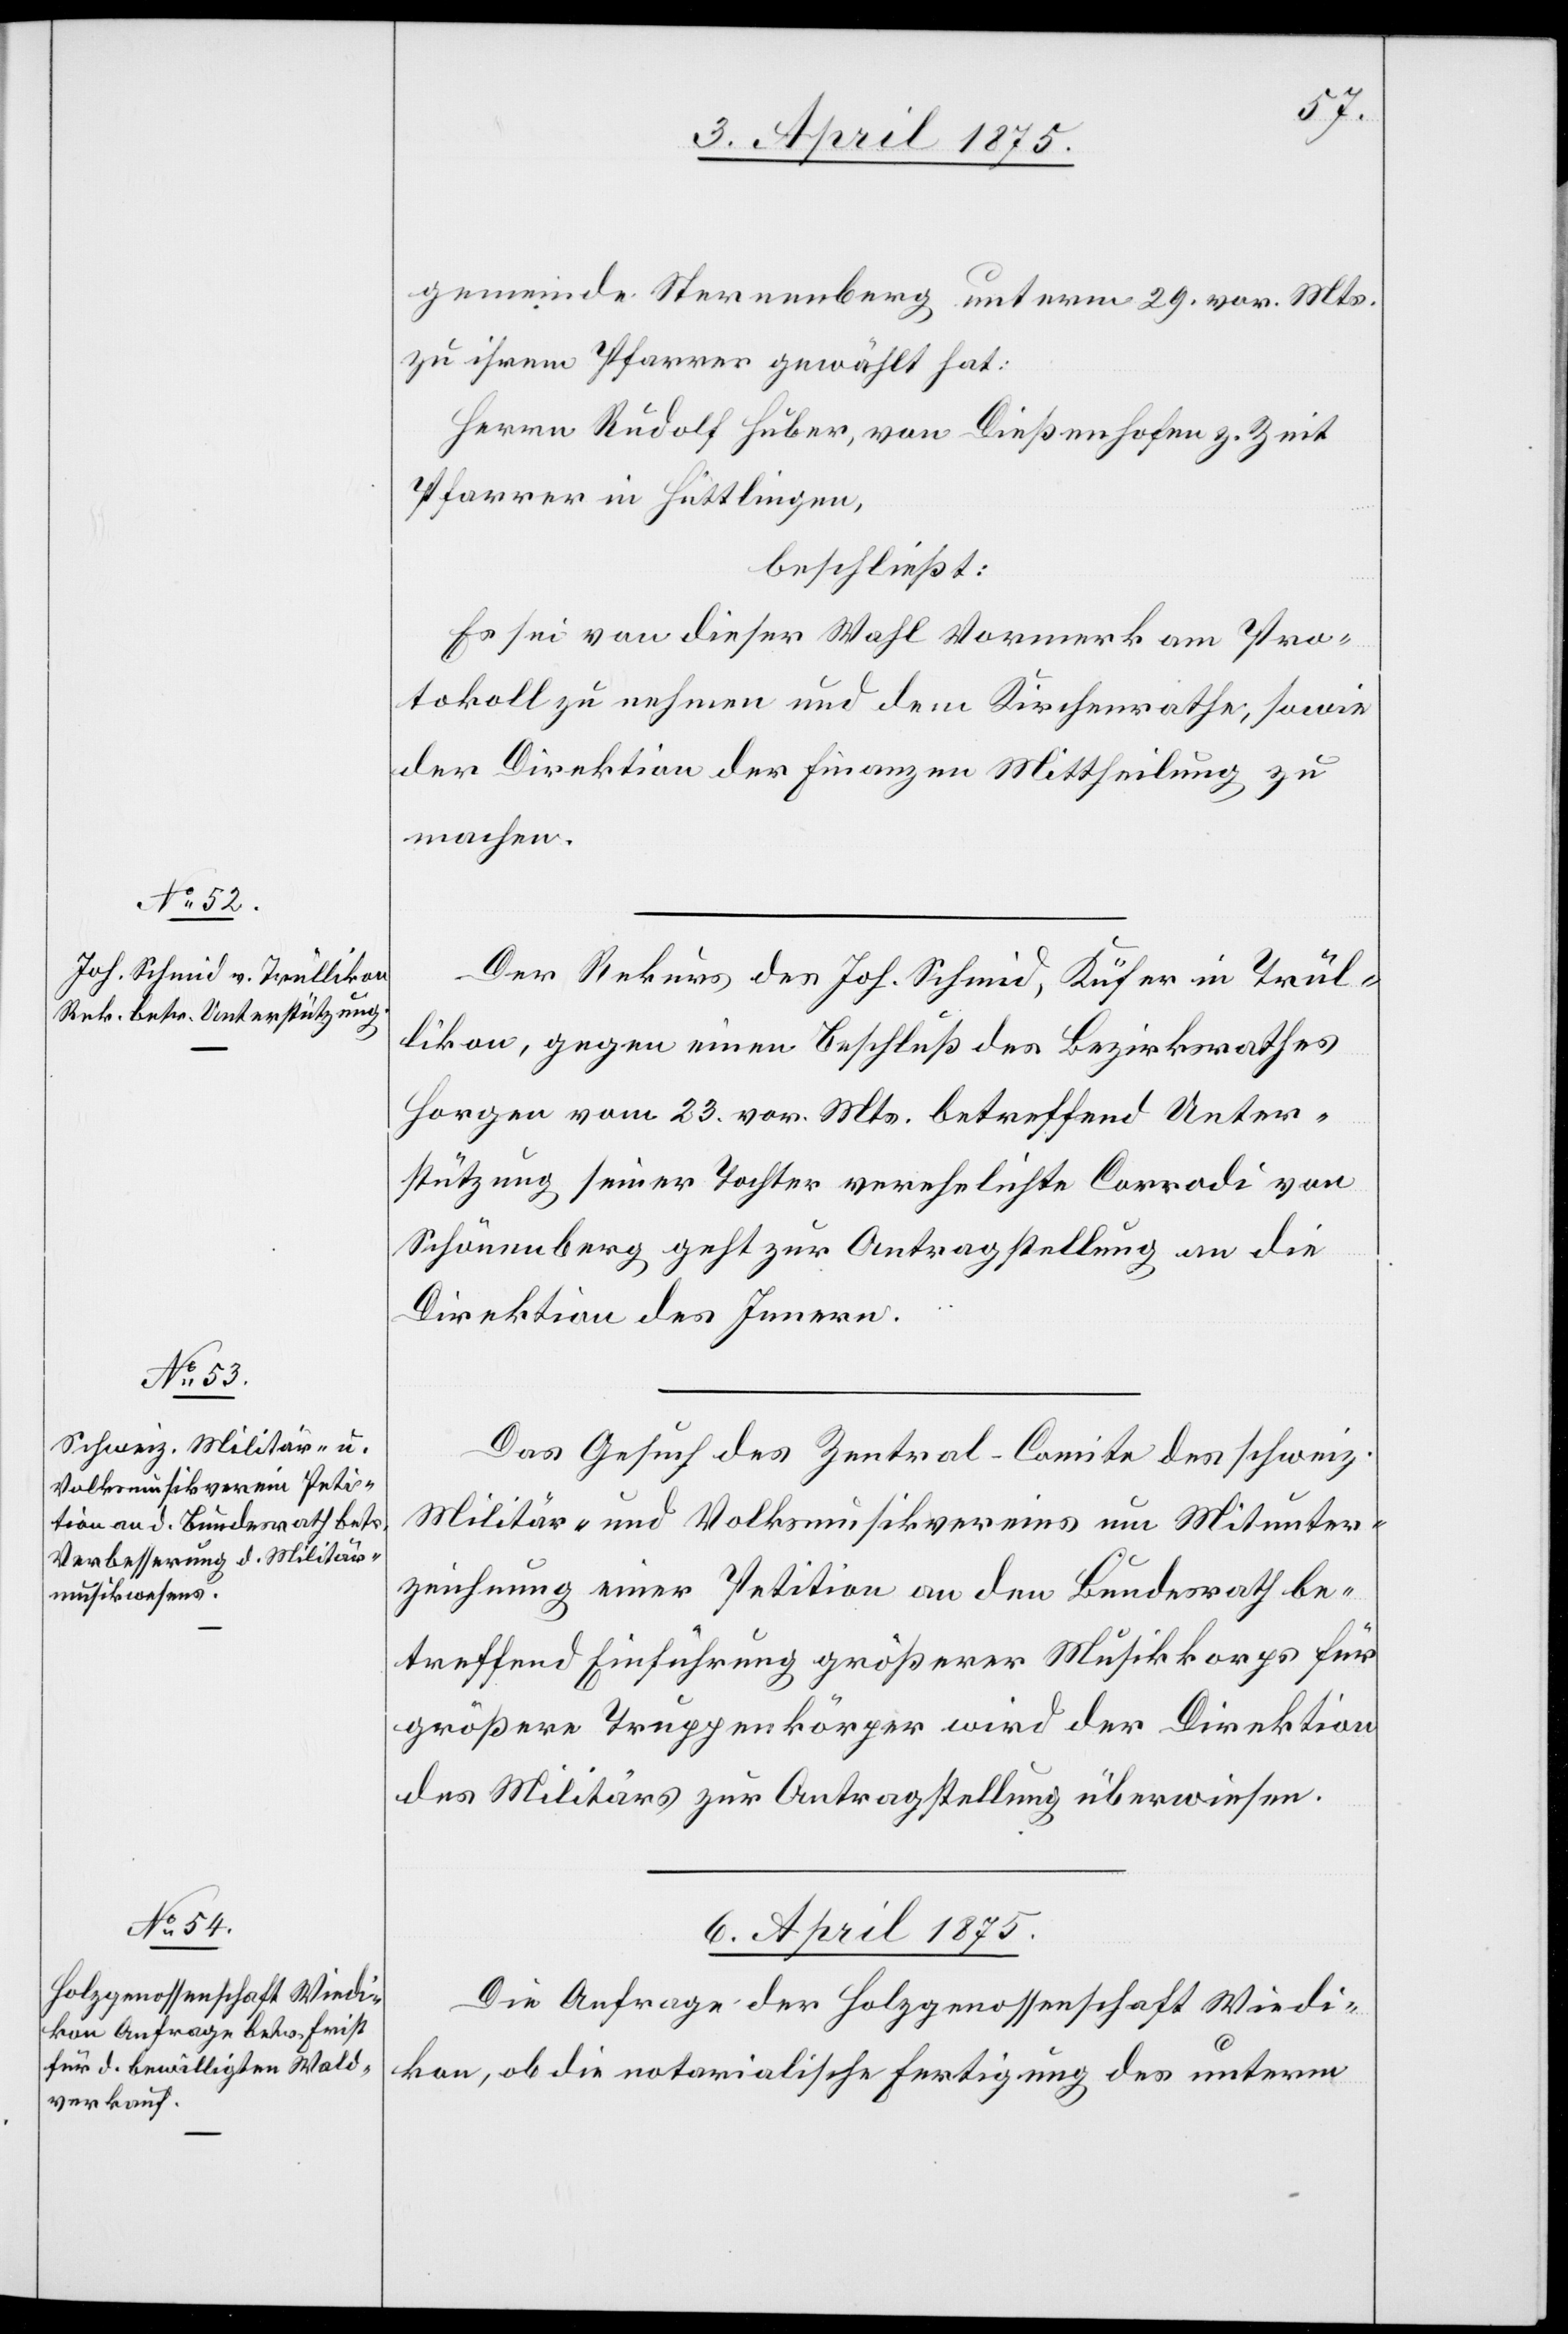
5. April 1875.]
gemeinde Sternenberg unterm 29. vor. Mts.
zu ihrem Pfarrer gewählt hat:
Herrn Rudolf Huber, von Dießenhofen z. Zeit
Pfarrer in Hüttlingen,
beschließt:
Es sei von dieser Wahl Vormerk am Pro¬
tokoll zu nehmen und dem Kirchenrathe, sowie
der Direktion der Finanzen Mittheilung zu
machen.
Der Rekurs des Jos. Schmid, Küfer in Trül¬
likon, gegen einen Beschluß des Bezirksrathes
Horgen vom 23. vor. Mts. betreffend Unter¬
stützung seiner Tochter verehelichte Corrodi von
Schönenberg geht zur Antragstellung an die
Direktion des Innern.
Das Gesuch des Zentral-Comite des schweiz.
Militär- und Volksmusikvereins um Mitunter¬
zeichnung einer Petition an den Bundesrath be¬
treffend Einführung größerer Musikkorps für
größere Truppenkörper wird der Direktion
des Militärs zur Antragstellung überwiesen.
6. April 1875.
Die Anfrage der Holzgenossenschaft Wiedi¬
kon, ob die notarialische Fertigung des unterm